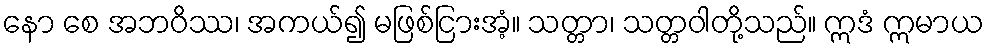
နော စေ အဘဝိဿ၊ အကယ်၍ မဖြစ်ငြားအံ့။ သတ္တာ၊ သတ္တဝါတို့သည်။ ဣဒံ ဣမာယ